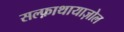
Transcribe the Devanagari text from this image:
सल्फ़ाथायाज़ोल